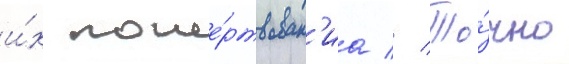
и́х поже́ртвован'иа // То́чно